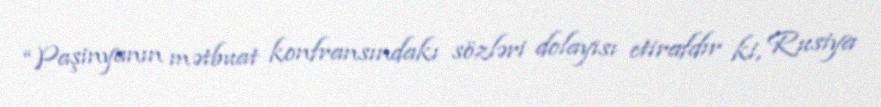
“Paşinyanın mətbuat konfransındakı sözləri dolayısı etirafdır ki, Rusiya